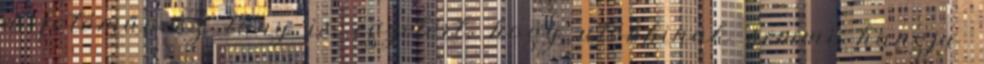
a fotóművész lány is egyetért, hogy utóbbinak semmi hangja